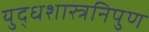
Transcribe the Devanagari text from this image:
युद्धशास्त्रनिपुण